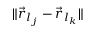
\| \vec { r } _ { l _ { j } } - \vec { r } _ { l _ { k } } \|